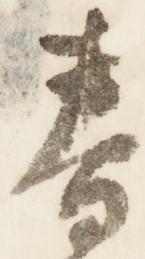
春